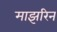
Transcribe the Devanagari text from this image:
माझरिन